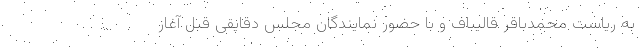
به ریاست محمدباقر قالیباف و با حضور نمایندگان مجلس دقایقی قبل آغاز